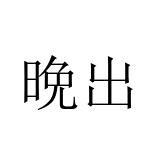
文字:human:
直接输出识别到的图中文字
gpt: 晩出